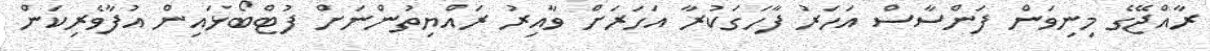
ރާއްޖޭގެ މިނިވަން ފަންސާސް އަހަރު ފާހަގަކުރާ އަހަރަށް ވާއިރު ރައްޔިތުންނަށް ފުޓްބޯޅައިން އުފާވެރިކަން